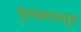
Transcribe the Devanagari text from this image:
मुसळापासून